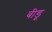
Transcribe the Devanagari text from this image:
बीडू